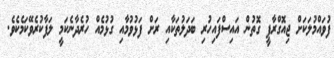
ފުވައްމުލަކަށް ޖިއޮގްރާފީ ގޮތުން އައިސްފައިހުރި ބަދަލުތަކާއި ރަށް ފަޅުވުމާއި ގުޅުމެއް ހުރެދާނެކަމީ ލަފާކުރެވޭކަމެކެވެ.